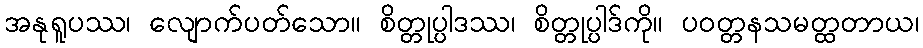
အနုရူပဿ၊ လျောက်ပတ်သော။ စိတ္တုပ္ပါဒဿ၊ စိတ္တုပ္ပါဒ်ကို။ ပဝတ္တနသမတ္ထတာယ၊